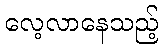
လေ့လာနေသည့်